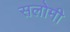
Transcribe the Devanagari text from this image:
सलोमी